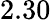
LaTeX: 2.30